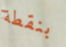
بنقطة